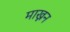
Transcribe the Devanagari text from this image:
माख्नन